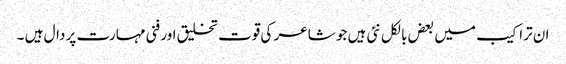
ان تراکیب میں بعض بالکل نئی ہیں جو شاعر کی قوت تخلیق اور فنی مہارت پر دال ہیں ۔